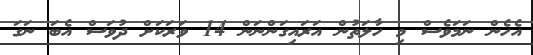
އެހެން ނަމަވެސް މި ހާލަތުން އަރައިގަންނަން 14 ވަރަކަށް ދުވަސް އެބަ ނަގަ